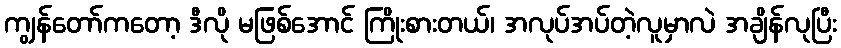
ကျွန်တော်ကတော့ ဒီလို မဖြစ်အောင် ကြိုးစားတယ်၊ အလုပ်အပ်တဲ့လူမှာလဲ အချိန်လုပြီး